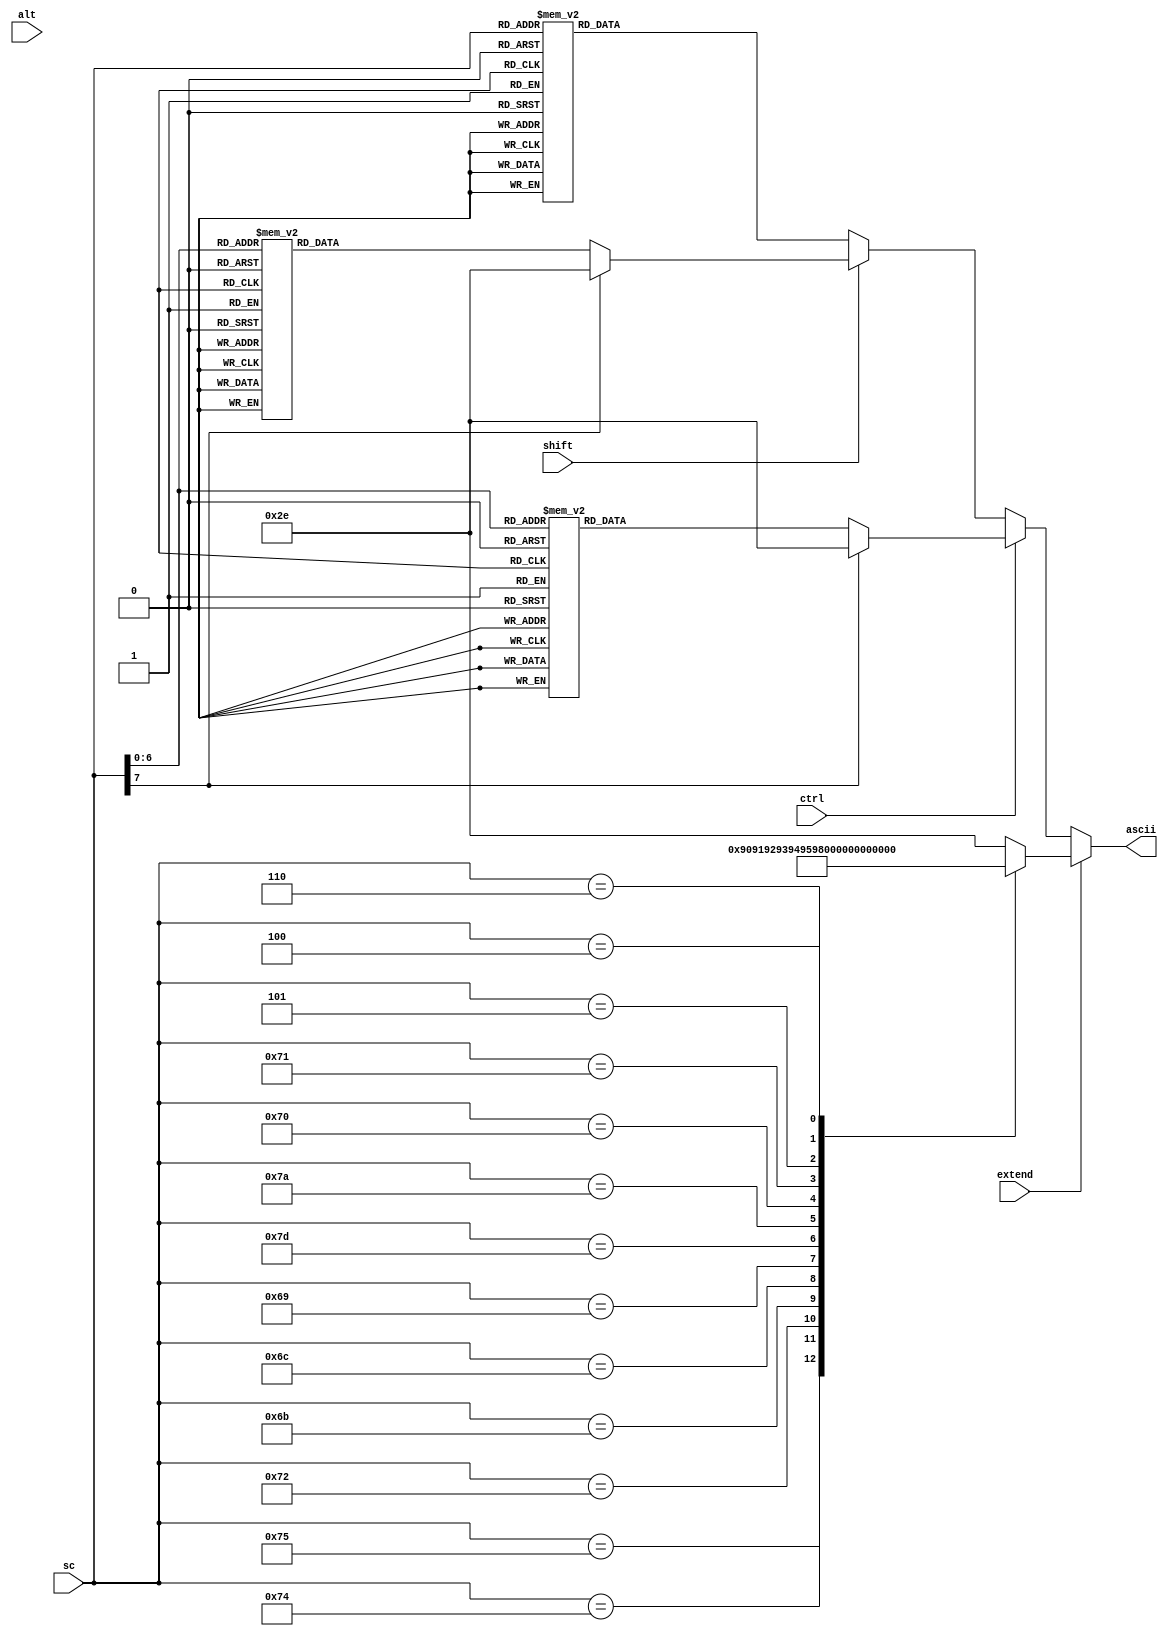
// ============================================================================
//  Scan Code Converter
//  - Convert PS2 style scancodes to ascii
//
//	2010-2012  Robert Finch
//	robfinch<remove>@opencores.org
//
//
// This source file is free software: you can redistribute it and/or modify 
// it under the terms of the GNU Lesser General Public License as published 
// by the Free Software Foundation, either version 3 of the License, or     
// (at your option) any later version.                                      
//                                                                          
// This source file is distributed in the hope that it will be useful,      
// but WITHOUT ANY WARRANTY; without even the implied warranty of           
// MERCHANTABILITY or FITNESS FOR A PARTICULAR PURPOSE.  See the            
// GNU General Public License for more details.                             
//                                                                          
// You should have received a copy of the GNU General Public License        
// along with this program.  If not, see <http://www.gnu.org/licenses/>.    
//                                                                          
//
//	Convert a PS2 scancode to ascii
//
//	Verilog 1995
//	Webpack 9.2i  xc3s1200-4fg320
//	86 slices / 151 LUTs / 13.164 ns
//
// ============================================================================

module PS2ScanToAscii(shift, ctrl, alt, extend, sc, ascii);
input shift;			// shift indicator
input ctrl;
input alt;
input extend;			// extended scancode
input [7:0] sc;			// scan code
output [7:0] ascii;		// acsii equivalent
reg [7:0] ascii;


always @(sc or shift or ctrl or extend)
begin
	if (extend) begin
		case (sc)
		8'h75:	ascii = 8'h90;		// up
		8'h74:	ascii = 8'h91;		// right
		8'h72:	ascii = 8'h92;		// down
		8'h6b:	ascii = 8'h93;		// left
		8'h6c:	ascii = 8'h94;		// home
		8'h69:	ascii = 8'h95;		// end
		8'h7d:	ascii = 8'h96;		// pg up
		8'h7a:	ascii = 8'h97;		// pg down
		8'h70:	ascii = 8'h98;		// insert
		8'h71:	ascii = 8'h99;		// delete
		8'h05:	ascii = 8'ha1;		// F1
		8'h06:	ascii = 8'ha2;		// F2
		8'h04:	ascii = 8'ha3;		// F3
		default:	ascii = 8'h2e;
		endcase
	end
	else if (ctrl) begin
		case (sc)
		8'h0d: ascii = 8'h09;
		8'h0e: ascii = 8'h7e;	// ~
		8'h15: ascii = 8'h11;	// Q
		8'h16: ascii = 8'h21;	// !
		8'h1b: ascii = 8'h13;	// S
		8'h1a: ascii = 8'h1a;	// Z
		8'h1c: ascii = 8'h01;	// A
		8'h1d: ascii = 8'h17;	// W
		8'h1e: ascii = 8'h40;	// @
		8'h21: ascii = 8'h03;	// C
		8'h22: ascii = 8'h18;	// X
		8'h23: ascii = 8'h04;	// D
		8'h24: ascii = 8'h05;	// E
		8'h25: ascii = 8'h24;	// $
		8'h26: ascii = 8'h23;	// #
		8'h29: ascii = 8'h20;	// space
		8'h2a: ascii = 8'h16;	// V
		8'h2b: ascii = 8'h06;	// F
		8'h2c: ascii = 8'h14;	// T
		8'h2d: ascii = 8'h12;	// R
		8'h2e: ascii = 8'h25;	// %
		8'h31: ascii = 8'h0e;	// N
		8'h32: ascii = 8'h02;	// B
		8'h33: ascii = 8'h08;	// H
		8'h34: ascii = 8'h07;	// G
		8'h35: ascii = 8'h19;	// Y
		8'h36: ascii = 8'h5e;	// ^
		8'h3a: ascii = 8'h0d;	// M
		8'h3b: ascii = 8'h0a;	// J
		8'h3c: ascii = 8'h15;	// U
		8'h3d: ascii = 8'h26;	// &
		8'h3e: ascii = 8'h2a;	// *
		8'h41: ascii = 8'h3c;	// <
		8'h42: ascii = 8'h0b;	// K
		8'h43: ascii = 8'h09;	// I
		8'h44: ascii = 8'h0f;	// O
		8'h45: ascii = 8'h29;	// )
		8'h46: ascii = 8'h28;	// (
		8'h49: ascii = 8'h3e;	// >
		8'h4a: ascii = 8'h3f;	// ?
		8'h4b: ascii = 8'h0c;	// L
		8'h4c: ascii = 8'h3a;	// :
		8'h4d: ascii = 8'h10;	// P
		8'h4e: ascii = 8'h5f;	// _
		8'h52: ascii = 8'h22;	// "
		8'h54: ascii = 8'h7b;	// {
		8'h55: ascii = 8'h2b;	// +
		8'h5a: ascii = 8'h0d;
		8'h5b: ascii = 8'h7d;	// }
		8'h5d: ascii = 8'h7c;	// |
		8'h66: ascii = 8'h08;
		8'h76: ascii = 8'h1b;
		8'h71: ascii = 8'h7f;	// del
		default:	ascii = 8'h2e;
		endcase
	end
	else if (shift) begin
		case (sc)
		8'h0d: ascii = 8'h09;
		8'h0e: ascii = 8'h7e;	// ~
		8'h15: ascii = 8'h51;	// Q
		8'h16: ascii = 8'h21;	// !
		8'h1b: ascii = 8'h53;	// S
		8'h1a: ascii = 8'h5a;	// Z
		8'h1c: ascii = 8'h41;	// A
		8'h1d: ascii = 8'h57;	// W
		8'h1e: ascii = 8'h40;	// @
		8'h21: ascii = 8'h43;	// C
		8'h22: ascii = 8'h58;	// X
		8'h23: ascii = 8'h44;	// D
		8'h24: ascii = 8'h45;	// E
		8'h25: ascii = 8'h24;	// $
		8'h26: ascii = 8'h23;	// #
		8'h29: ascii = 8'h20;	// space
		8'h2a: ascii = 8'h56;	// V
		8'h2b: ascii = 8'h46;	// F
		8'h2c: ascii = 8'h54;	// T
		8'h2d: ascii = 8'h52;	// R
		8'h2e: ascii = 8'h25;	// %
		8'h31: ascii = 8'h4e;	// N
		8'h32: ascii = 8'h42;	// B
		8'h33: ascii = 8'h48;	// H
		8'h34: ascii = 8'h47;	// G
		8'h35: ascii = 8'h59;	// Y
		8'h36: ascii = 8'h5e;	// ^
		8'h3a: ascii = 8'h4d;	// M
		8'h3b: ascii = 8'h4a;	// J
		8'h3c: ascii = 8'h55;	// U
		8'h3d: ascii = 8'h26;	// &
		8'h3e: ascii = 8'h2a;	// *
		8'h41: ascii = 8'h3c;	// <
		8'h42: ascii = 8'h4b;	// K
		8'h43: ascii = 8'h49;	// I
		8'h44: ascii = 8'h4f;	// O
		8'h45: ascii = 8'h29;	// )
		8'h46: ascii = 8'h28;	// (
		8'h49: ascii = 8'h3e;	// >
		8'h4a: ascii = 8'h3f;	// ?
		8'h4b: ascii = 8'h4c;	// L
		8'h4c: ascii = 8'h3a;	// :
		8'h4d: ascii = 8'h50;	// P
		8'h4e: ascii = 8'h5f;	// _
		8'h52: ascii = 8'h22;	// "
		8'h54: ascii = 8'h7b;	// {
		8'h55: ascii = 8'h2b;	// +
		8'h5a: ascii = 8'h0d;
		8'h5b: ascii = 8'h7d;	// }
		8'h5d: ascii = 8'h7c;	// |
		8'h66: ascii = 8'h08;
		8'h76: ascii = 8'h1b;
		8'h71: ascii = 8'h7f;	// del
		default:	ascii = 8'h2e;
		endcase
	end
	else begin
		case (sc)
		8'h05:	ascii = 8'ha1;		// F1
		8'h06:	ascii = 8'ha2;		// F2
		8'h04:	ascii = 8'ha3;		// F3
		8'h0C:	ascii = 8'ha4;		// F4
		8'h03:	ascii = 8'ha5;		// F5
		8'h0B:	ascii = 8'ha6;		// F6
		8'h83:	ascii = 8'hA7;		// F7
		8'h0A:	ascii = 8'hA8;		// F8
		8'h01:	ascii = 8'hA9;		// F9
		8'h09:	ascii = 8'hAA;		// F10
		8'h78:	ascii = 8'hAB;		// F11
		8'h07:	ascii = 8'hAC;		// F12
		8'h0d: ascii = 8'h09;	// tab
		8'h0e: ascii = 8'h60;	// `
		8'h15: ascii = 8'h71;	// q
		8'h16: ascii = 8'h31;	// 1
		8'h1a: ascii = 8'h7a;	// z
		8'h1b: ascii = 8'h73;	// s
		8'h1c: ascii = 8'h61;	// a
		8'h1d: ascii = 8'h77;	// w
		8'h1e: ascii = 8'h32;	// 2
		8'h21: ascii = 8'h63;	// c
		8'h22: ascii = 8'h78;	// x
		8'h23: ascii = 8'h64;	// d
		8'h24: ascii = 8'h65;	// e
		8'h25: ascii = 8'h34;	// 4
		8'h26: ascii = 8'h33;	// 3
		8'h29: ascii = 8'h20;	// space
		8'h2a: ascii = 8'h76;	// v
		8'h2b: ascii = 8'h66;	// f
		8'h2c: ascii = 8'h74;	// t
		8'h2d: ascii = 8'h72;	// r
		8'h2e: ascii = 8'h35;	// 5
		8'h31: ascii = 8'h6e;	// n
		8'h32: ascii = 8'h62;	// b
		8'h33: ascii = 8'h68;	// h
		8'h34: ascii = 8'h67;	// g
		8'h35: ascii = 8'h79;	// y
		8'h36: ascii = 8'h36;	// 6
		8'h3a: ascii = 8'h6d;	// m
		8'h3b: ascii = 8'h6a;	// j
		8'h3c: ascii = 8'h75;	// u
		8'h3d: ascii = 8'h37;	// 7
		8'h3e: ascii = 8'h38;	// 8
		8'h41: ascii = 8'h2c;	// ,
		8'h42: ascii = 8'h6b;	// k
		8'h43: ascii = 8'h69;	// i
		8'h44: ascii = 8'h6f;	// o
		8'h45: ascii = 8'h30;	// 0
		8'h46: ascii = 8'h39;	// 9
		8'h49: ascii = 8'h2e;	// .
		8'h4a: ascii = 8'h2f;	// /
		8'h4b: ascii = 8'h6c;	// l
		8'h4c: ascii = 8'h3b;	// ;
		8'h4d: ascii = 8'h70;	// p
		8'h4e: ascii = 8'h2d;	// -
		8'h52: ascii = 8'h27;	// '
		8'h54: ascii = 8'h5b;	// [
		8'h55: ascii = 8'h3d;	// =
		8'h58: ascii = 8'hAD;	// CAPS lock
		8'h7E: ascii = 8'hAE;	// Scroll lock
		8'h77: ascii = 8'hAF;	// Num lock
		8'h5a: ascii = 8'h0d;	// carriage return
		8'h5b: ascii = 8'h5d;	// ]
		8'h5d: ascii = 8'h5c;	// \
		8'h66: ascii = 8'h08;	// backspace
		8'h69:	ascii = 8'h95;		// end
		8'h6b:	ascii = 8'h93;		// left
		8'h6c:	ascii = 8'h94;		// home
		8'h70:	ascii = 8'h98;		// insert
		8'h71: ascii = 8'h7f;	// del
		8'h72:	ascii = 8'h92;		// down
		8'h74:  ascii = 8'h91;		// right
		8'h75:  ascii = 8'h90;		// up
		8'h76: ascii = 8'h1b;	// escape
		8'h7a:	ascii = 8'h97;		// pg down
		8'h7d:	ascii = 8'h96;		// pg up
		8'hFA:	ascii = 8'hFA;		// keyboard ACK code
		default: ascii = 8'h2e;  // '.' used for unlisted characters.
		endcase
	end
end

endmodule